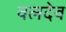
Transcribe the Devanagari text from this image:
वलदेव